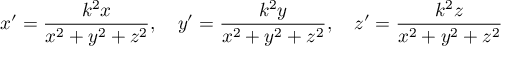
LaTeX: x ^ { \prime } = { \frac { k ^ { 2 } x } { x ^ { 2 } + y ^ { 2 } + z ^ { 2 } } } , \quad y ^ { \prime } = { \frac { k ^ { 2 } y } { x ^ { 2 } + y ^ { 2 } + z ^ { 2 } } } , \quad z ^ { \prime } = { \frac { k ^ { 2 } z } { x ^ { 2 } + y ^ { 2 } + z ^ { 2 } } }